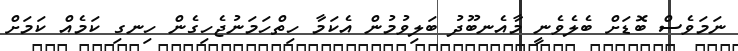
ނަމަވެސް ބޮޑަށް ބެލެވެނީ މާއެނބޫދު ބަލިވުމުން އެކަމާ ހިތްހަމަނުޖެހިގެން ހިނގި ކަމެއް ކަމަށް